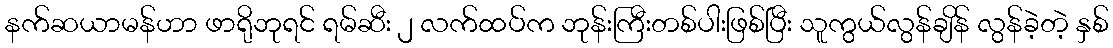
နက်ဆယာမန်ဟာ ဖာရိုဘုရင် ရမ်ဆီး ၂ လက်ထပ်က ဘုန်းကြီးတစ်ပါးဖြစ်ပြီး သူကွယ်လွန်ချိန် လွန်ခဲ့တဲ့ နှစ်